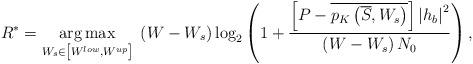
LaTeX: \begin{align*}{R^*} = \mathop {\arg \max }\limits_{{W_s} \in \left[ {{W^{low}},{W^{up}}} \right]} \;\left( {W - {W_s}} \right){\log _2}\left( {1 + \frac{{\left[ {P - \overline {{p_K}\left( {\overline S,{W_s}} \right)} } \right]{{\left| {{h_b}} \right|}^2}}}{{\left( {W - {W_s}} \right){N_0}}}} \right),\end{align*}